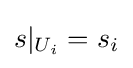
s|_{U_{i}}=s_{i}